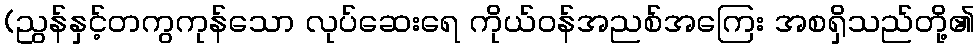
(ညွန်နှင့်တကွကုန်သော လုပ်ဆေးရေ ကိုယ်ဝန်အညစ်အကြေး အစရှိသည်တို့၏